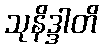
သုနိဒ္ဒါတိ